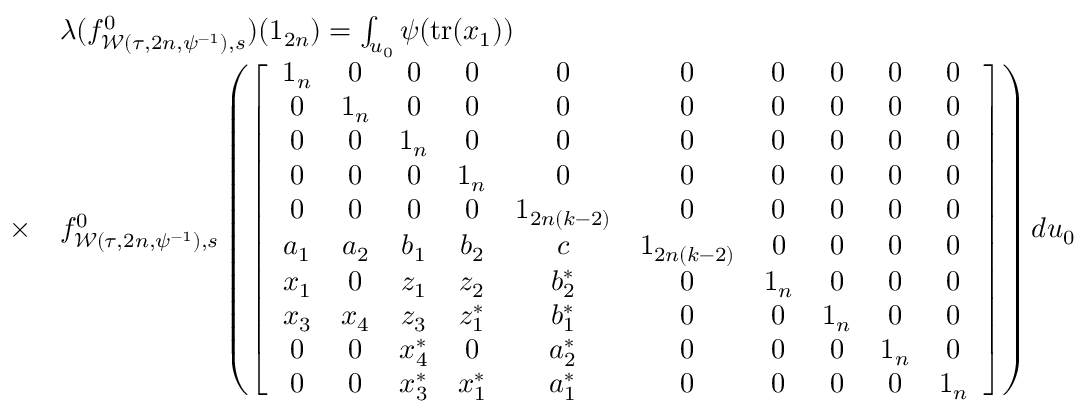
\begin{array} { r l } & { \lambda ( f _ { \mathcal { W } ( \tau , 2 n , \psi ^ { - 1 } ) , s } ^ { 0 } ) ( 1 _ { 2 n } ) = \int _ { u _ { 0 } } \psi ( \mathrm { t r } ( x _ { 1 } ) ) } \\ { \times } & { f _ { \mathcal { W } ( \tau , 2 n , \psi ^ { - 1 } ) , s } ^ { 0 } \left( \left[ \begin{array} { c c c c c c c c c c } { 1 _ { n } } & { 0 } & { 0 } & { 0 } & { 0 } & { 0 } & { 0 } & { 0 } & { 0 } & { 0 } \\ { 0 } & { 1 _ { n } } & { 0 } & { 0 } & { 0 } & { 0 } & { 0 } & { 0 } & { 0 } & { 0 } \\ { 0 } & { 0 } & { 1 _ { n } } & { 0 } & { 0 } & { 0 } & { 0 } & { 0 } & { 0 } & { 0 } \\ { 0 } & { 0 } & { 0 } & { 1 _ { n } } & { 0 } & { 0 } & { 0 } & { 0 } & { 0 } & { 0 } \\ { 0 } & { 0 } & { 0 } & { 0 } & { 1 _ { 2 n ( k - 2 ) } } & { 0 } & { 0 } & { 0 } & { 0 } & { 0 } \\ { a _ { 1 } } & { a _ { 2 } } & { b _ { 1 } } & { b _ { 2 } } & { c } & { 1 _ { 2 n ( k - 2 ) } } & { 0 } & { 0 } & { 0 } & { 0 } \\ { x _ { 1 } } & { 0 } & { z _ { 1 } } & { z _ { 2 } } & { b _ { 2 } ^ { \ast } } & { 0 } & { 1 _ { n } } & { 0 } & { 0 } & { 0 } \\ { x _ { 3 } } & { x _ { 4 } } & { z _ { 3 } } & { z _ { 1 } ^ { \ast } } & { b _ { 1 } ^ { \ast } } & { 0 } & { 0 } & { 1 _ { n } } & { 0 } & { 0 } \\ { 0 } & { 0 } & { x _ { 4 } ^ { \ast } } & { 0 } & { a _ { 2 } ^ { \ast } } & { 0 } & { 0 } & { 0 } & { 1 _ { n } } & { 0 } \\ { 0 } & { 0 } & { x _ { 3 } ^ { \ast } } & { x _ { 1 } ^ { \ast } } & { a _ { 1 } ^ { \ast } } & { 0 } & { 0 } & { 0 } & { 0 } & { 1 _ { n } } \end{array} \right] \right) d u _ { 0 } } \end{array}